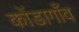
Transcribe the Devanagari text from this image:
कोंडागाँव